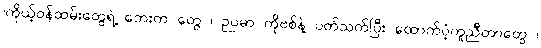
၊ကိုယ့်ဝန်ထမ်းတွေရဲ့ ဘေးက တွေ ၊ ဉပမာ ကိုဗစ်နဲ့ ပတ်သက်ပြီး ထောက်ပံ့ကူညီတာတွေ ၊